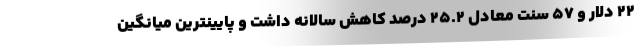
۲۲ دلار و ۵۷ سنت معادل ۲۵.۲ درصد کاهش سالانه داشت و پایینترین میانگین